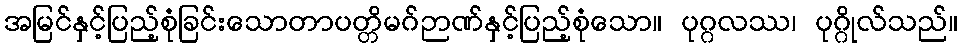
အမြင်နှင့်ပြည့်စုံခြင်းသောတာပတ္တိမဂ်ဉာဏ်နှင့်ပြည့်စုံသော။ ပုဂ္ဂလဿ၊ ပုဂ္ဂိုလ်သည်။